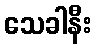
သေခါနီး